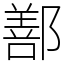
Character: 鄯